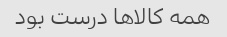
همه کالاها درست بود